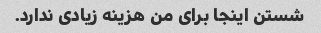
شستن اینجا برای من هزینه زیادی ندارد.